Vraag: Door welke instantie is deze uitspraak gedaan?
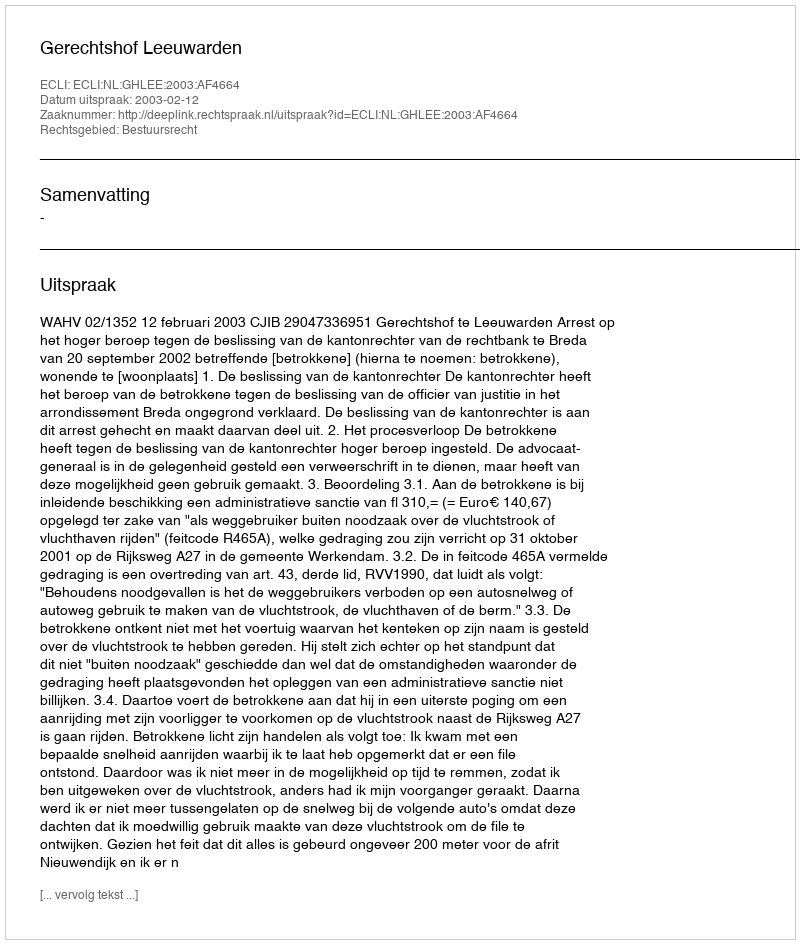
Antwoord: Gerechtshof Leeuwarden